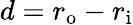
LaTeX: d=r_{\mathrm{o}}-r_{\mathrm{i}}